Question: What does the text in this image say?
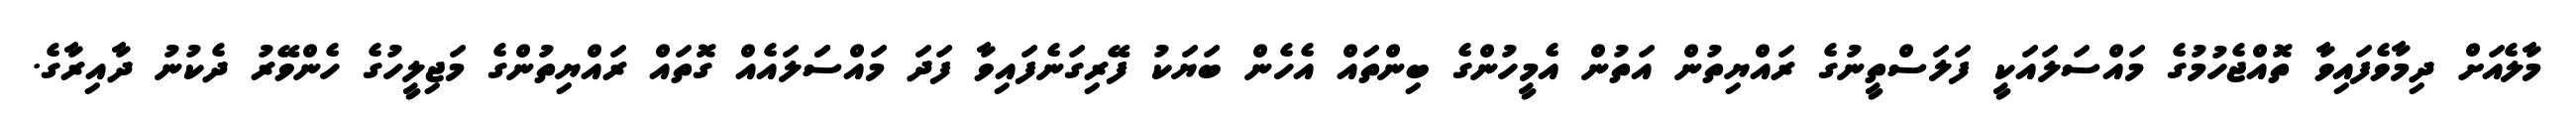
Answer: މާލެއަށް ދިމާވެފައިވާ ތޮއްޖެހުމުގެ މައްސަލައަކީ ފަލަސްތީނުގެ ރައްޔިތުން އަތުން އެމީހުންގެ ބިންތައް އެހެން ބަޔަކު ފޭރިގަނެފައިވާ ފަދަ މައްސަަލައެއް ގޮތައް ރައްޔިތުންގެ މަޖިލީހުގެ ހެންވޭރު ދެކުނު ދާއިރާގެ.